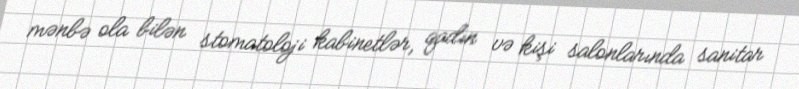
mənbə ola bilən stomatoloji kabinetlər, qadın və kişi salonlarında sanitar